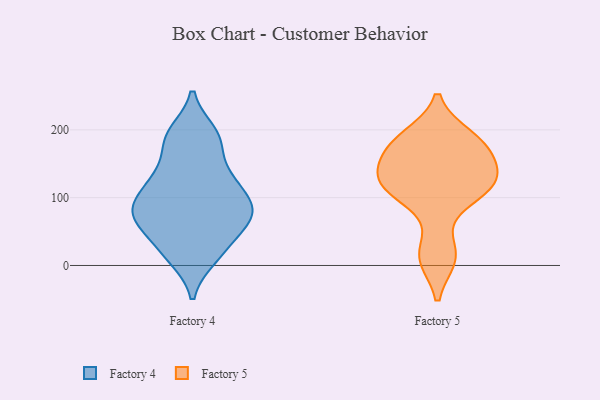
{"axis": {"x": "Humidity (%)", "y": "Value"}, "legend": ["Factory 4", "Factory 5"], "data": [{"x": "", "y": 179, "type": "Factory 4"}, {"x": "", "y": 68, "type": "Factory 4"}, {"x": "", "y": 196, "type": "Factory 4"}, {"x": "", "y": 129, "type": "Factory 4"}, {"x": "", "y": 33, "type": "Factory 4"}, {"x": "", "y": 11, "type": "Factory 4"}, {"x": "", "y": 124, "type": "Factory 4"}, {"x": "", "y": 93, "type": "Factory 4"}, {"x": "", "y": 79, "type": "Factory 4"}, {"x": "", "y": 72, "type": "Factory 4"}, {"x": "", "y": 181, "type": "Factory 5"}, {"x": "", "y": 99, "type": "Factory 5"}, {"x": "", "y": 119, "type": "Factory 5"}, {"x": "", "y": 127, "type": "Factory 5"}, {"x": "", "y": 116, "type": "Factory 5"}, {"x": "", "y": 143, "type": "Factory 5"}, {"x": "", "y": 16, "type": "Factory 5"}, {"x": "", "y": 125, "type": "Factory 5"}, {"x": "", "y": 189, "type": "Factory 5"}, {"x": "", "y": 178, "type": "Factory 5"}, {"x": "", "y": 170, "type": "Factory 5"}, {"x": "", "y": 12, "type": "Factory 5"}]}